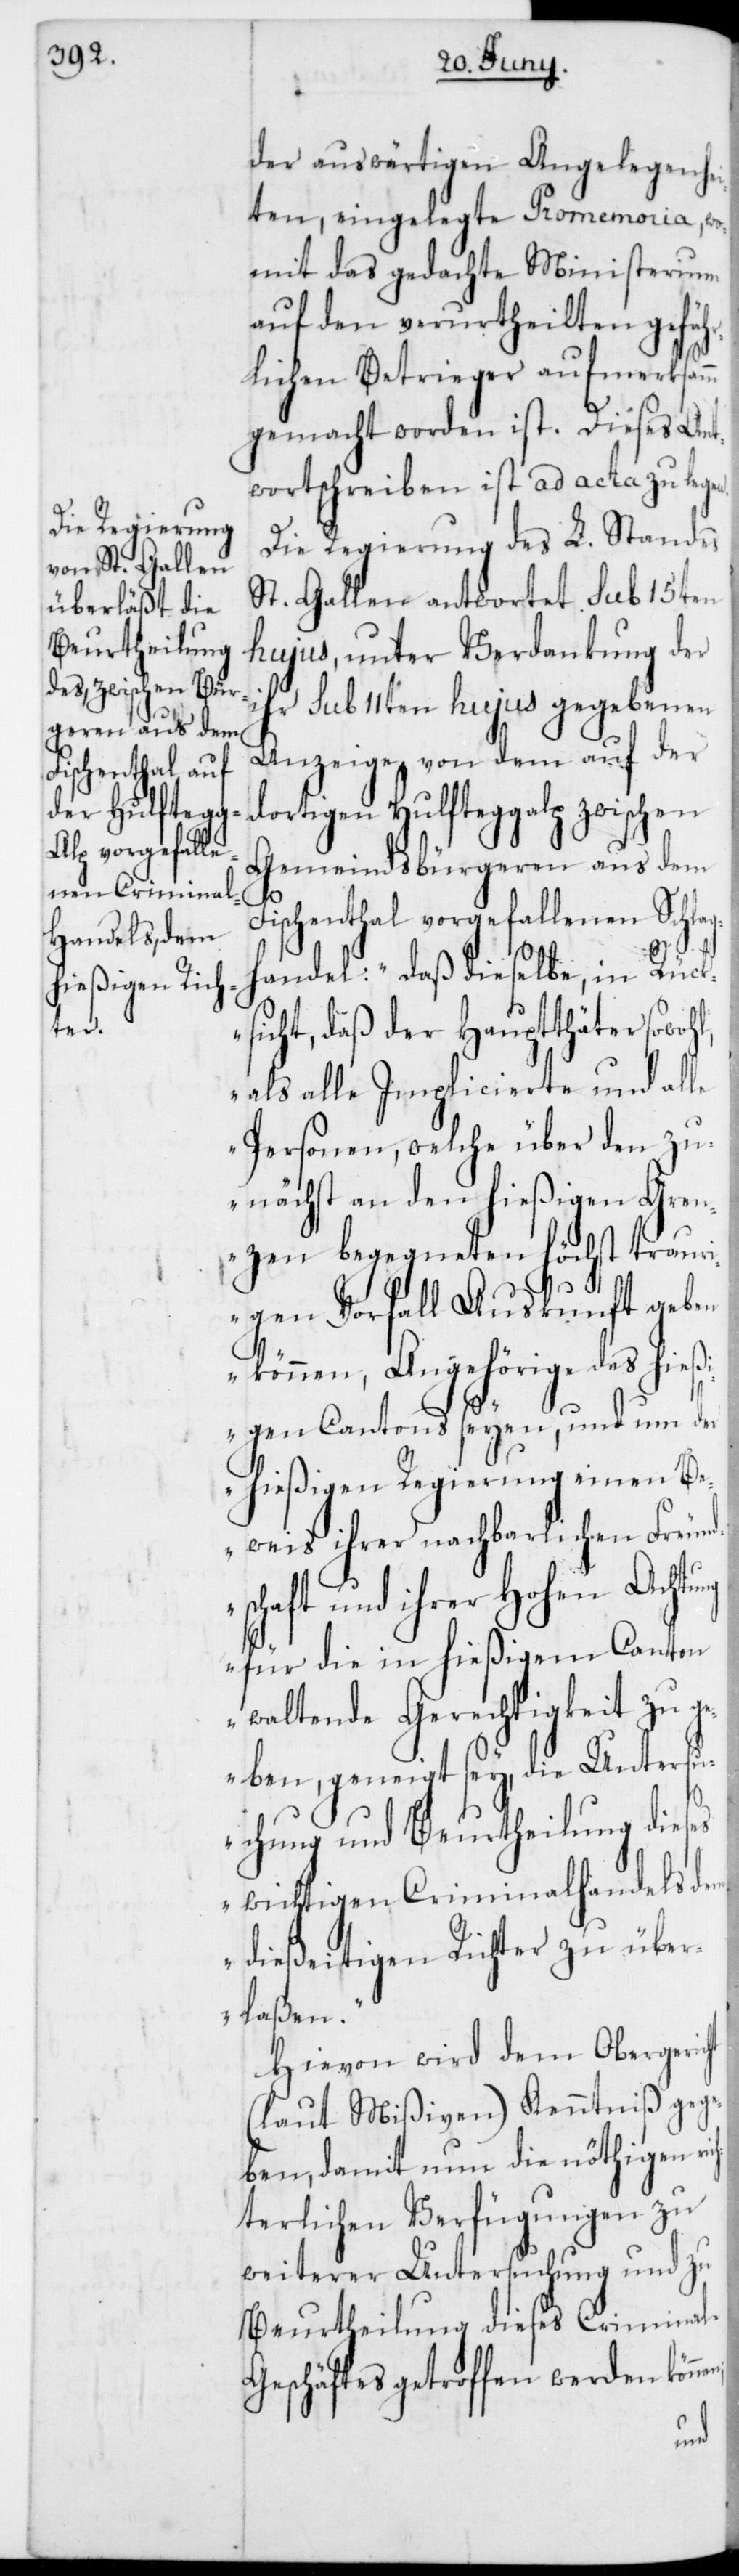
der auswärtigen Angelegenhei¬
ten, eingelegte Promemoria, wo¬
mit das gedachte Ministerium
auf den verurtheilten gefäh¬
rlichen Betrieger aufmerksamm
gemacht worden ist. Dieses Ant¬
wortschreiben ist ad acta zu legen.
Die Regierung des L. Standes
St. Gallen antwortet sub 15ten
hujus, unter Verdankung der
ihr sub 11ten hujus gegebenen
Anzeige von dem auf der
dortigen Hulfteggalp zwischen
Gemeindsbürgeren aus dem
Fischenthal vorgefallenen Schla¬
g¬
handel: „Daß dieselbe, in Rück¬
sicht, daß der Hauptthäter sowohl,
als alle Implicierte und alle
Personen, welche über den zu¬
nächst an den hießigen Gren¬
zen begegneten höchst traur¬
igen Vorfall Auskunft geben
können, Angehörige des hieß¬
igen Cantons seyen, und um der
hießigen Regierung einen Be¬
weis ihrer nachbarlichen Freund¬
schaft und ihrer Hohen Acht¬
für die in hießigem Canton
waltende Gerechtigkeit zu g¬
eben, geneigt sey, die Untersu¬
chung und Beurtheilung dieses
wichtigen Criminalhandels dem
dießeitigen Richter zu über¬
laßen“.
Hievon wird dem Obergericht
(laut Mißiven) Kenntniß gege¬
ben, damit nun die nöthigen ric¬
hterlichen Verfügungen zu
weiterer Untersuchung und zu
Beurtheilung dieses Criminal-G¬
eschäftes getroffen werden kön¬
nen;